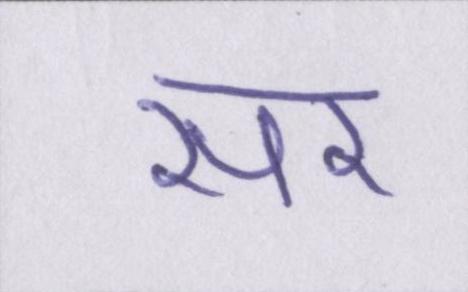
सर